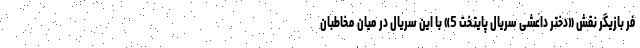
فر بازیگر نقش «دختر داعشی سریال پایتخت 5» با این سریال در میان مخاطبان